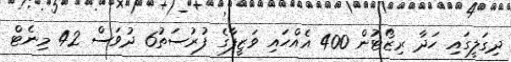
ދިގަލީގައި ހަދާ ރިޒޯޓުން 400 އެއްހައި ވަޒީފާގެ ފުރުސަތު6 ދުވަސް 42 މިނެޓް